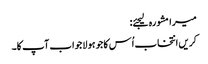
میرا مشورہ لیجئے:
کریں انتخاب اُس کا جو ہو لاجواب آپ کا۔